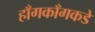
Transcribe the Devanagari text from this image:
हाँगकाँगकडे